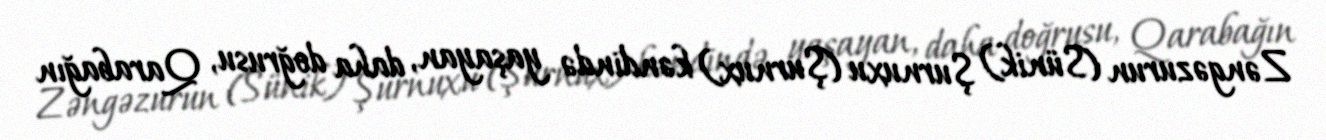
Zəngəzurun (Sünik) Şurnuxu (Şurnux) kəndində yaşayan, daha doğrusu, Qarabağın